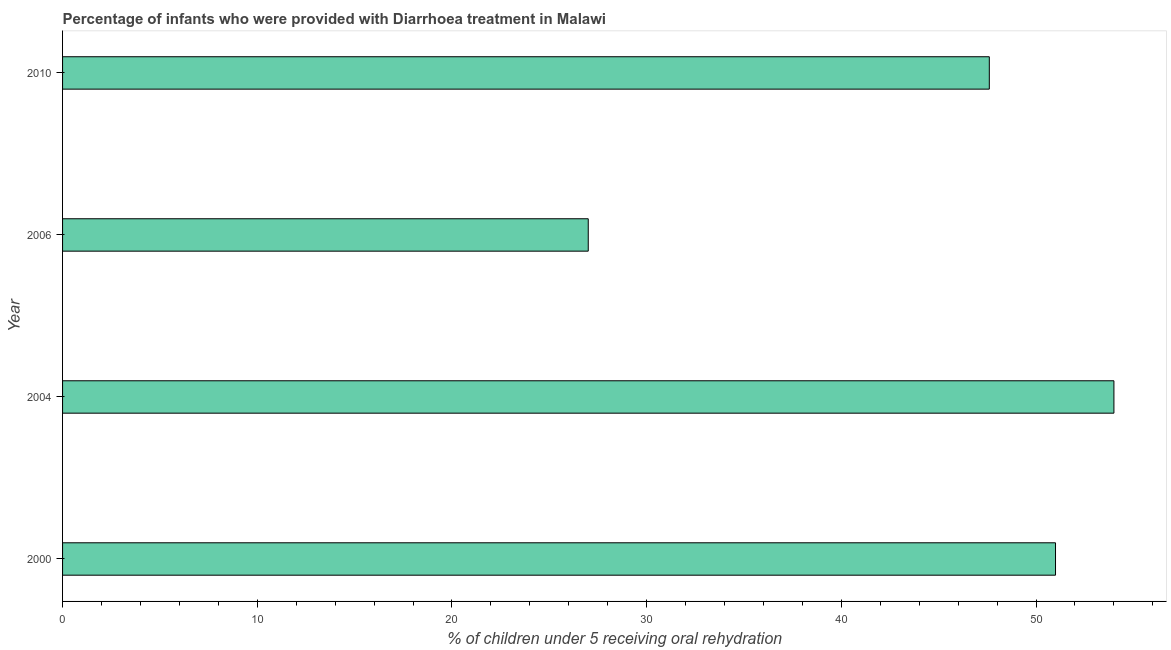
| Year | Diarrhea treatment |
 | --- | --- |
 | 2000 | 51 |
 | 2004 | 54 |
 | 2006 | 27 |
 | 2010 | 47.6 |